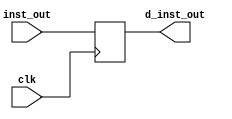
`timescale 1ns / 1ps
//////////////////////////////////////////////////////////////////////////////////
// Company: 
// Engineer: 
// 
// Design Name: 
// Module Name: ifid_pipeline_register
// Project Name: 
// Target Devices: 
// Tool Versions: 
// Description: 
// 
// Dependencies: 
// 
// Revision:
// Revision 0.01 - File Created
// Additional Comments:
// 
//////////////////////////////////////////////////////////////////////////////////


module ifid_pipeline_register(
    input [31:0] inst_out,
    input clk,
    output reg [31:0] d_inst_out
    );
    
    always @(posedge clk) begin
    d_inst_out <= inst_out;
    end
endmodule